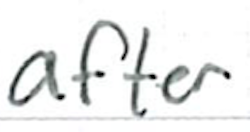
Text: after
Cross-out: clean
Writing tool: ballpoint